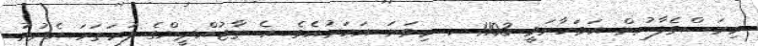
މިރަސްގެފާނުން އަވަހާރަވީ 1103 ހ. މިވަނަ އަހަރުއެވެ. އެ ތާޖުއްދީންގެ ފުރަތަމަ އެދުރު